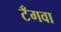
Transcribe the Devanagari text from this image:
टँगवा